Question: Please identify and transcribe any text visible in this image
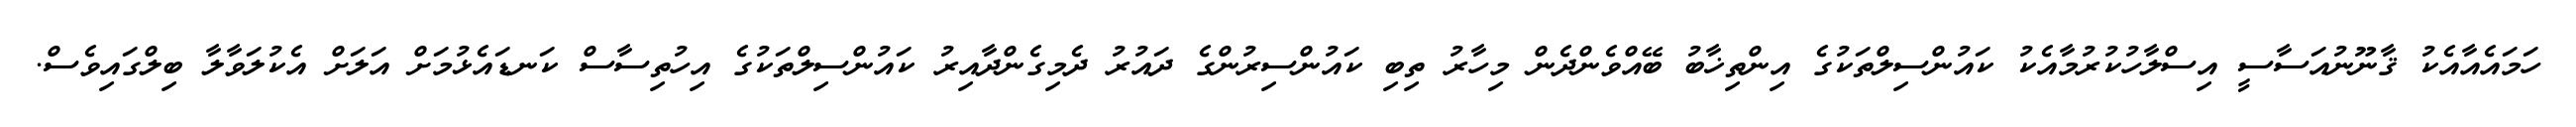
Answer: ހަމައެއާއެކު ޤާނޫނުއަސާސީ އިސްލާހުކުރުމާއެކު ކައުންސިލްތަކުގެ އިންތިޚާބު ބޭއްވެންދެން މިހާރު ތިބި ކައުންސިރުންގެ ދައުރު ދެމިގެންދާއިރު ކައުންސިލްތަކުގެ އިހުތިސާސް ކަނޑައެޅުމަށް އަލަށް އެކުލަވާލާ ބިލްގައިވެސް.